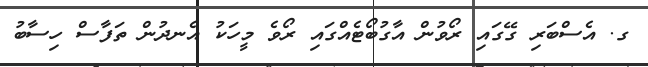
ގ. އެސްބަރި ގޭގައި ރޯވުން އާގުބޯޓެއްގައި ރޯވެ މީހަކު އެނދުން ތަފާސް ހިސާބު